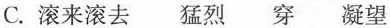
C.滚来滚去猛烈穿凝望